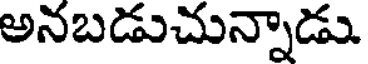
అనబడుచున్నాడు.